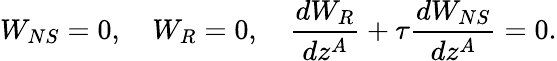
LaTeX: W_{NS}=0,\quad W_{R}=0,\quad{\frac{dW_{R}}{dz^{A}}}+\tau{\frac{dW_{NS}}{dz^{A}}}=0.